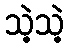
သဲ့သဲ့